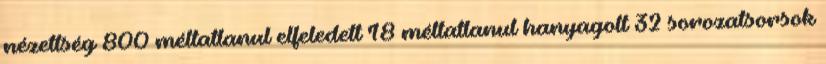
nézettség 800 méltatlanul elfeledett 18 méltatlanul hanyagolt 32 sorozatsorsok